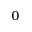
^ 0